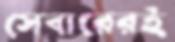
সেবারেরই